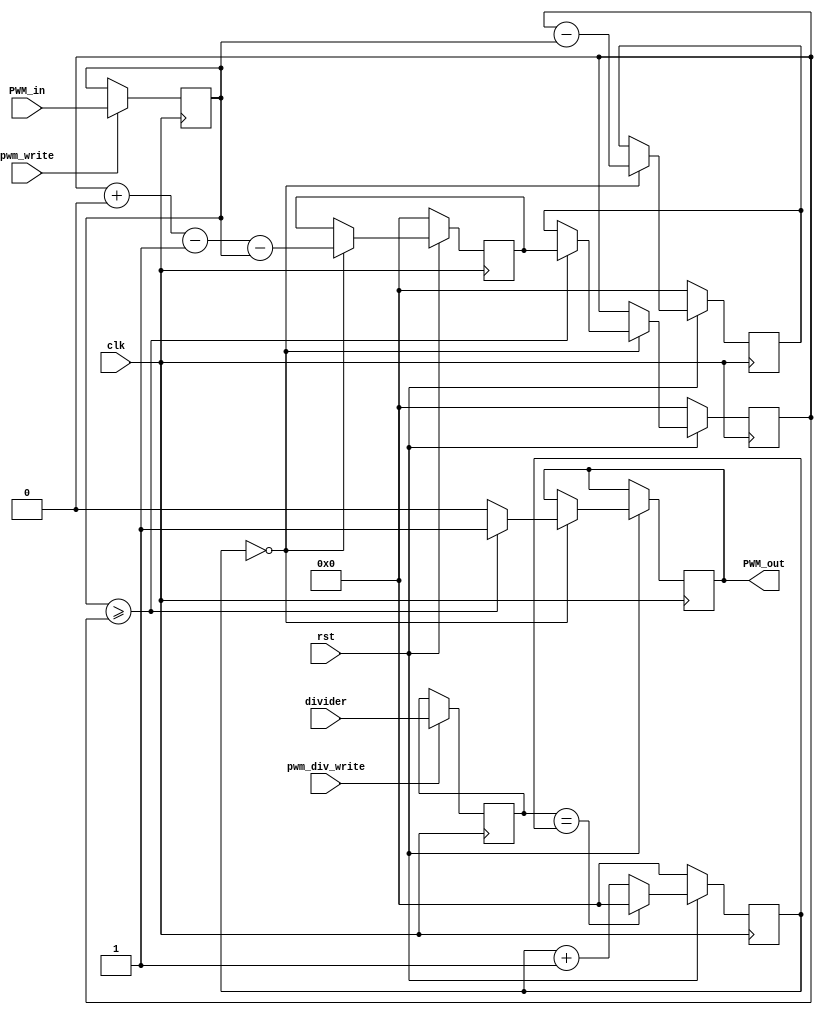
module pdm #(parameter NBITS = 16)(
    input clk,
    input [NBITS-1:0] PWM_in,
    input [NBITS-1:0] divider,
    output reg PWM_out,
    input pwm_write,
    input pwm_div_write,
    input rst
    );

    reg [NBITS-1:0] pwm_value;
    reg [NBITS-1:0] pwm_divider;

    reg [NBITS-1:0] divided_counter;
    wire divided_clock = divided_counter == 0;

    reg [NBITS-1:0] error;
    reg [NBITS-1:0] error_0;
    reg [NBITS-1:0] error_1;

    always @(posedge clk) begin
      if (pwm_write) pwm_value <= PWM_in;
      if (pwm_div_write) pwm_divider <= divider;
      if (~rst) begin
        error <= 0;
        error_0 <= 0;
        error_1 <= 0;
        divided_counter <= 0;
      end
      else begin          
          if(pwm_divider == divided_counter) begin
              divided_counter <= 0;
          end
          else begin
              divided_counter <= divided_counter + 1;
          end
          if(divided_clock) begin
              error_1 <= error + 2**NBITS - 1 - pwm_value;
              error_0 <= error - pwm_value;
              if (pwm_value >= error) begin
                  PWM_out <= 1;
                  error <= error_1;
              end
              else begin
                  PWM_out <= 0;
                  error <= error_0;
              end
          end
      end
    end
endmodule